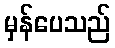
မှန်ပေသည်